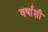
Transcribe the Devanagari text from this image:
वर्षाशी